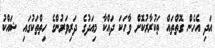
އަދި އެހެން ގޮތްތައް ތަކުރާރުކޮށް ވާހަކަ ދައްކާ މިއަދުގެ ދަރިވަރުންގެ ހިތްތަކުގައި ޝައްކު